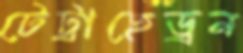
টেট্রাহেড্রন